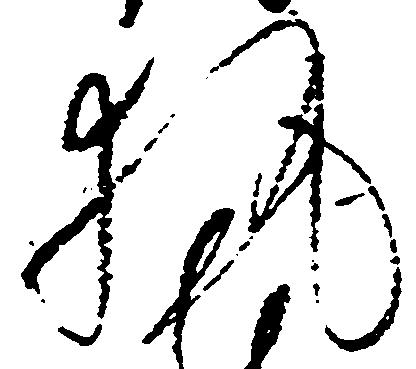
執